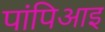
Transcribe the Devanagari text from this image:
पांपिआइ